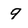
Character: 9